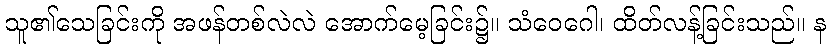
သူ၏သေခြင်းကို အဖန်တစ်လဲလဲ အောက်မေ့ခြင်း၌။ သံဝေဂေါ၊ ထိတ်လန့်ခြင်းသည်။ န